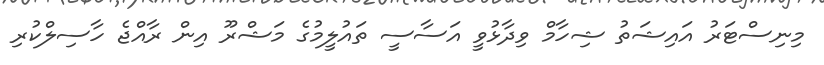
މިނިސްޓަރު އައިޝަތު ޝިހާމް ވިދާޅުވީ އަސާސީ ތައުލީމުގެ މަޝްރޫ އިން ރާއްޖެ ހާސިލްކުރި